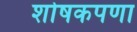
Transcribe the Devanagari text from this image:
शोषकपणा